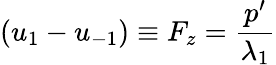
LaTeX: (u_{1}-u_{-1})\equiv F_{z}=\frac{p^{\prime}}{\lambda_{1}}